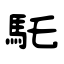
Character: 馲